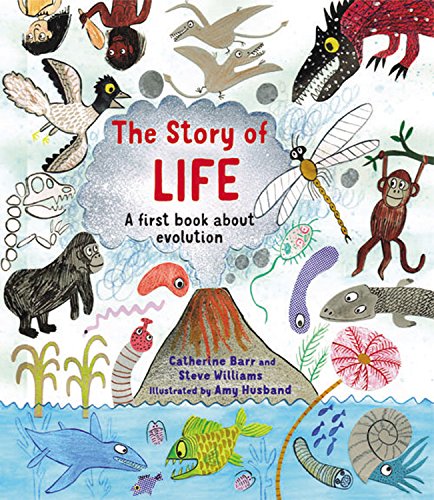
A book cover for The Story of Life: A First Book about Evolution; Catherine Barr; Children's Books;